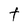
Character: t